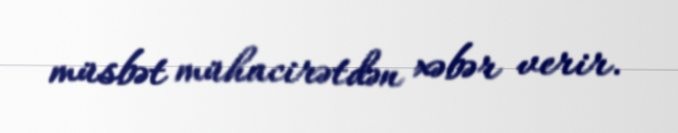
müsbət mühacirətdən xəbər verir.